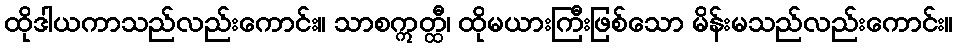
ထိုဒါယကာသည်လည်းကောင်း။ သာစဣတ္ထီ၊ ထိုမယားကြီးဖြစ်သော မိန်းမသည်လည်းကောင်း။